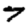
Digit: 7